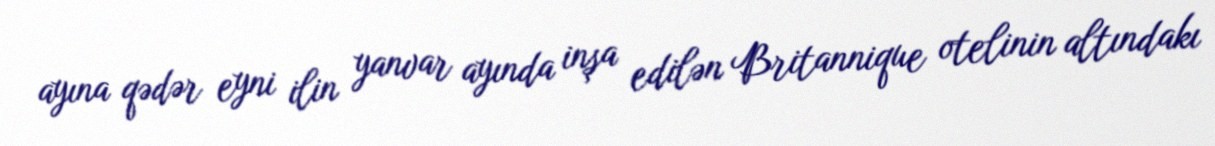
ayına qədər eyni ilin yanvar ayında inşa edilən Britannique otelinin altındakı